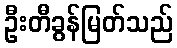
ဦးတီခွန်မြတ်သည်